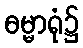
ဓမ္မာရုံ၌